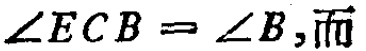
$\angle ECB = \angle B$,而